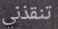
تنقذني